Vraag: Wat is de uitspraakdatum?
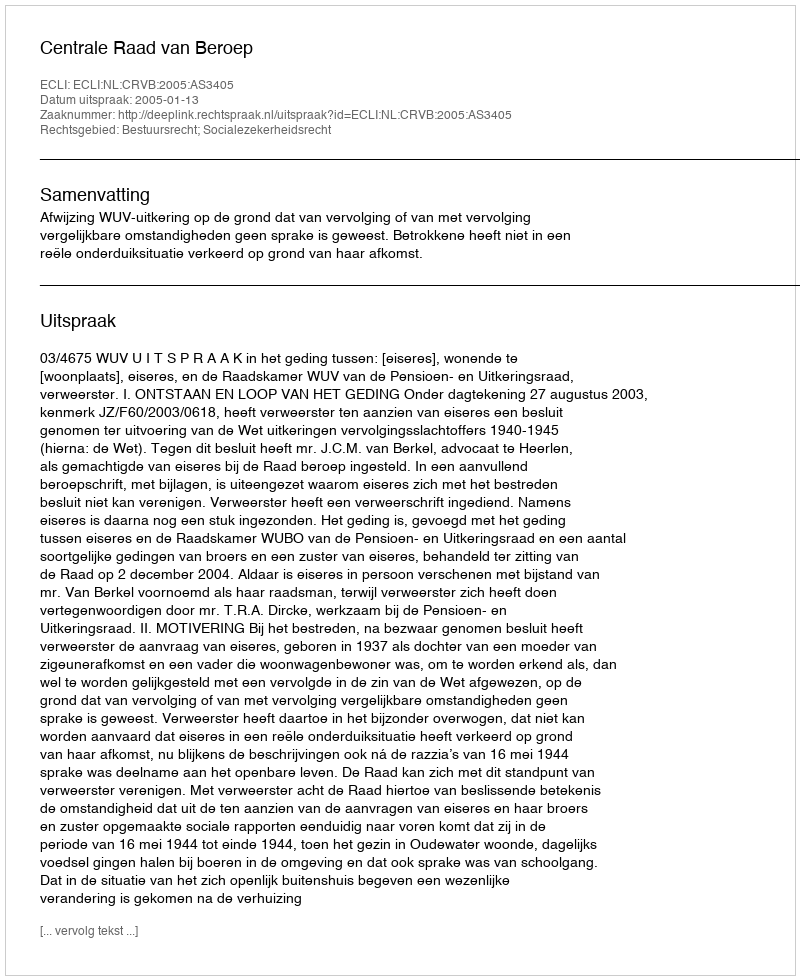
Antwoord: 2005-01-13